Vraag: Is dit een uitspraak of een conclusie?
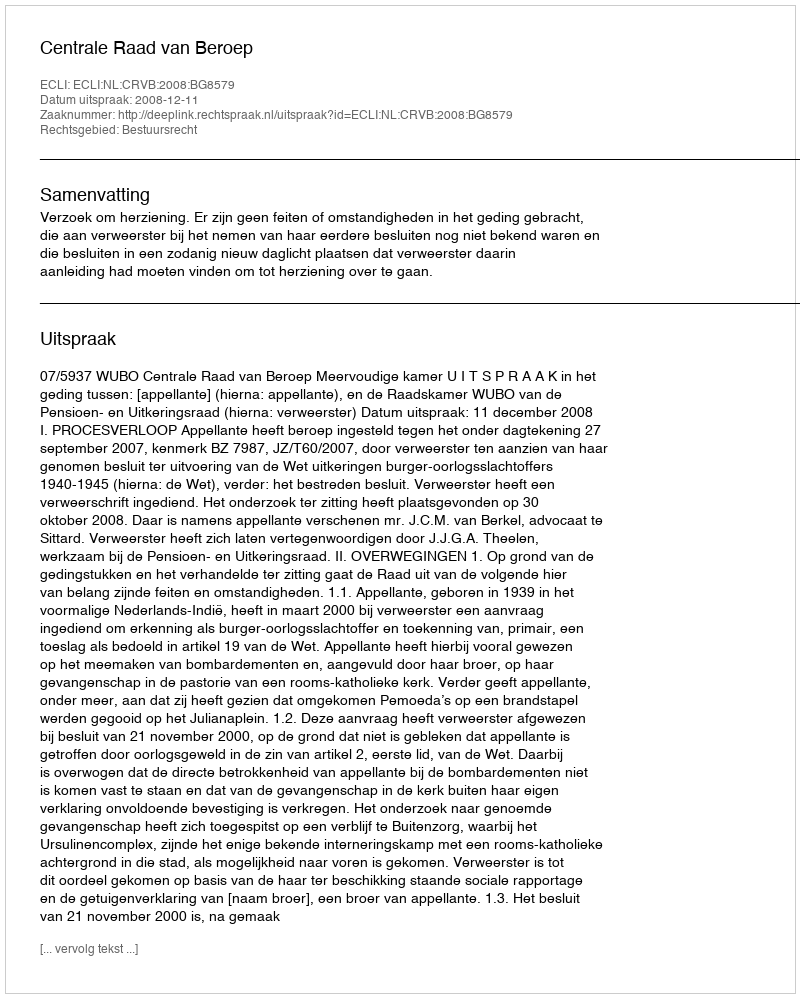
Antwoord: Uitspraak